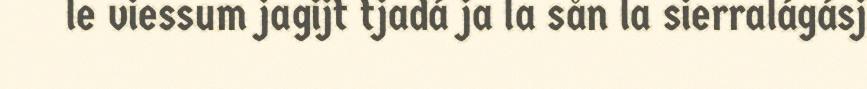
le viessum jagijt tjadá ja la sån la sierralágásj